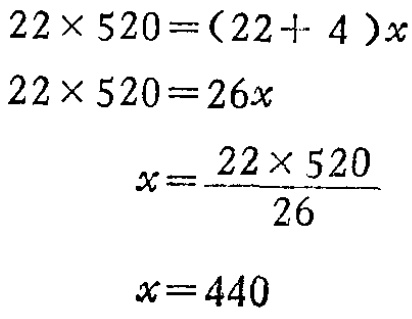
\[
\begin{align*}
22\times520&=(22 + 4)x\\
22\times520&=26x\\
x&=\frac{22\times520}{26}\\
x&=440
\end{align*}
\]